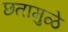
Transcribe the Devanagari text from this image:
छतामुळे